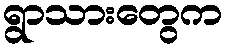
ရွာသားတွေက